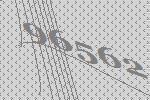
96562